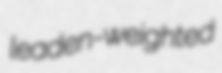
leaden-weighted